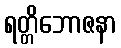
ရတ္တိဘောဇနာ